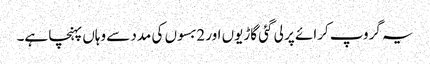
یہ گروپ کرائے پر لی گئی گاڑیوں اور 2بسوں کی مدد سے وہاں پہنچا ہے۔